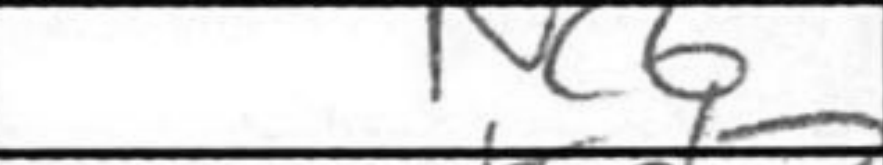
Transcription: Nc6